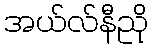
အယ်လ်နီညို